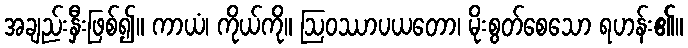
အချည်းနှီးဖြစ်၍။ ကာယံ၊ ကိုယ်ကို။ ဩဝဿာပယတော၊ မိုးစွတ်စေသော ရဟန်း၏။